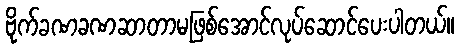
ဗိုက်ခဏခဏဆာတာမဖြစ်အောင်လုပ်ဆောင်ပေးပါတယ်။